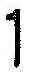
1